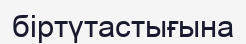
біртүтастығына